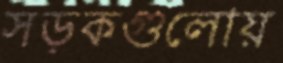
সড়কগুলোয়